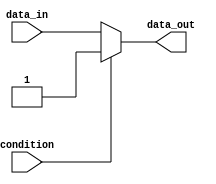
module if_else_example(
    input wire condition,
    input wire data_in,
    output reg data_out
);

always @(*)
begin
    if(~condition) begin
        // If condition is false
        data_out <= data_in;
    end
    else begin
        // If condition is true
        data_out <= 1'b1; // Set data_out to 1
    end
end

endmodule